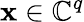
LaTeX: \mathbf{x}\in\mathbb{C}^{q}